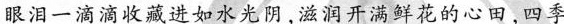
眼泪一滴滴收藏进如水光阴，滋润开满鲜花的心田，四季